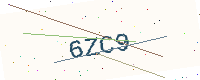
Text: 6ZC9